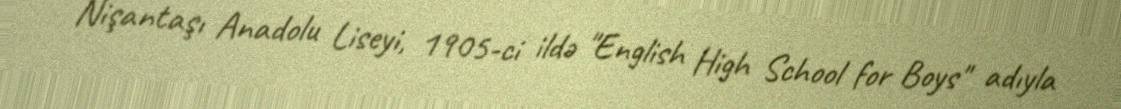
Nişantaşı Anadolu Liseyi, 1905-ci ildə "English High School for Boys" adıyla